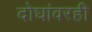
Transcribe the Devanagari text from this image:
दोघांवरही